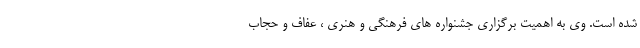
شده است. وی به اهمیت برگزاری جشنواره های فرهنگی و هنری ، عفاف و حجاب